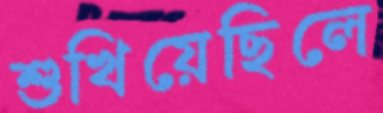
শুখিয়েছিলে